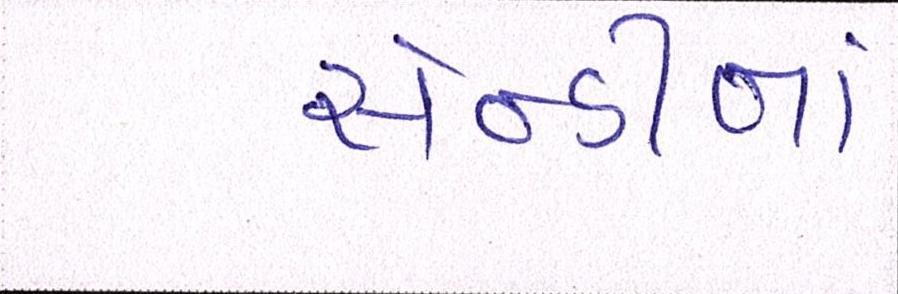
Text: સેન્ડીનાં